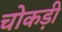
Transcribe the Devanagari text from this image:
चोकड़ी